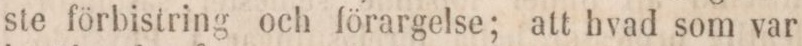
ste förbistring och förargelse; att hvad som var